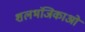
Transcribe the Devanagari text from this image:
शलभंजिकाओं